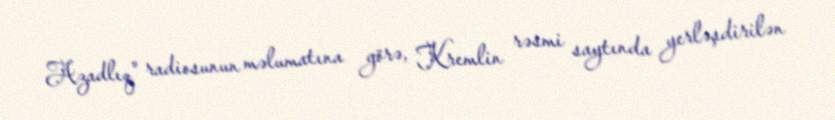
Azadlıq" radiosunun məlumatına görə, Kremlin rəsmi saytında yerləşdirilən